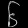
Digit: ၆